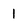
Character: 1